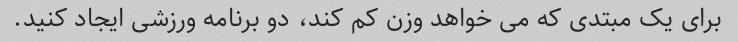
برای یک مبتدی که می خواهد وزن کم کند، دو برنامه ورزشی ایجاد کنید.